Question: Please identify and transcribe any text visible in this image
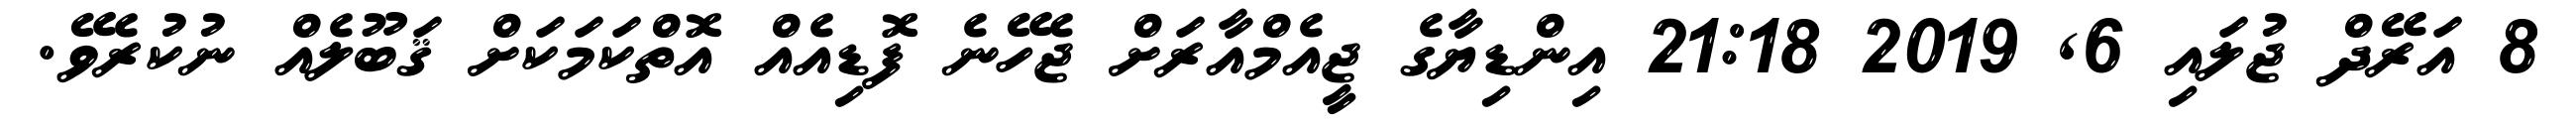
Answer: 8 އަރޭދް ޖުލައި 6, 2019 21:18 އިންޑިޔާގެ ޖީއެމްއާރަށް ޖެހޭނެ ފޮޑިއެއް އޮތްކަމަކަށް ޤަބޫލެއް ނުކުރެވޭ.